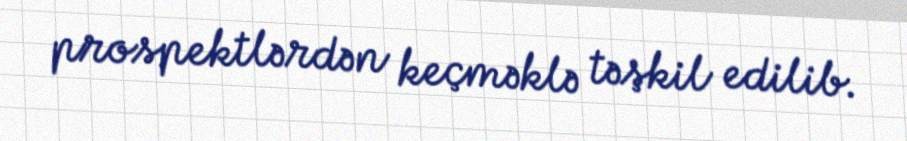
prospektlərdən keçməklə təşkil edilib.